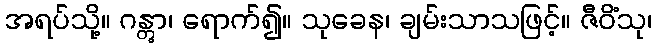
အရပ်သို့။ ဂန္တွာ၊ ရောက်၍။ သုခေန၊ ချမ်းသာသဖြင့်။ ဇီဝိံသု၊